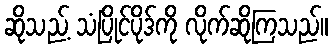
ဆိုသည့် သံပြိုင်ပိုဒ်ကို လိုက်ဆိုကြသည်။